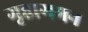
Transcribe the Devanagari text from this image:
गृहागमन